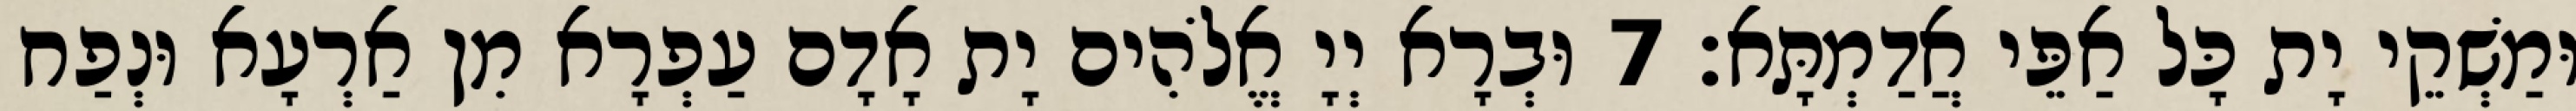
וּמַשְׁקֵי יָת כָּל אַפֵּי אֲדַמְתָּא׃ 7 וּבְרָא יְיָ אֱלֹהִים יָת אָדָם עַפְרָא מִן אַרְעָא וּנְפַח